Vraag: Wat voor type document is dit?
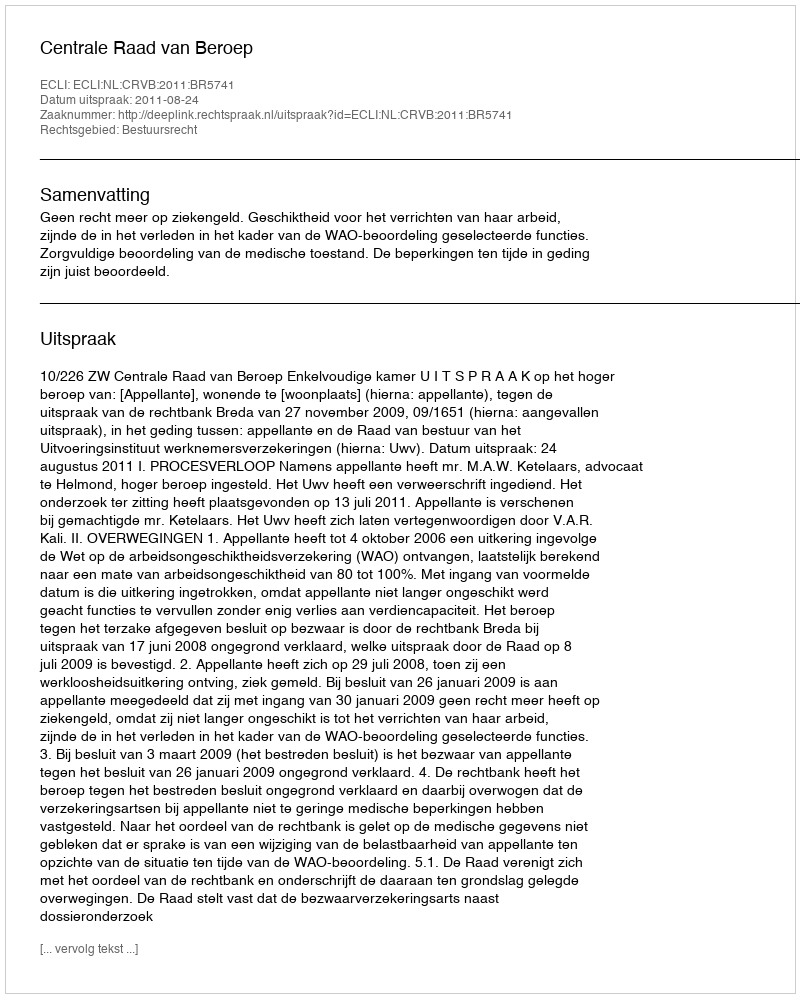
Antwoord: Uitspraak